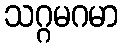
သဂ္ဂမဂမာ